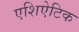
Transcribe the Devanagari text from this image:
एशिऐटिक